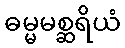
ဓမ္မမစ္ဆရိယံ